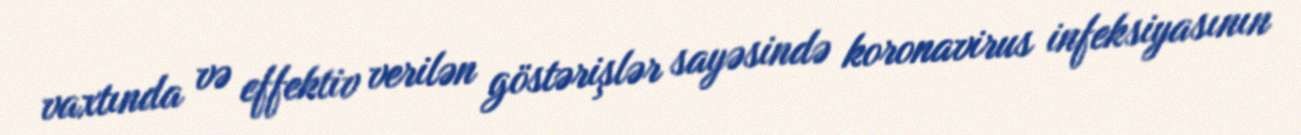
vaxtında və effektiv verilən göstərişlər sayəsində koronavirus infeksiyasının